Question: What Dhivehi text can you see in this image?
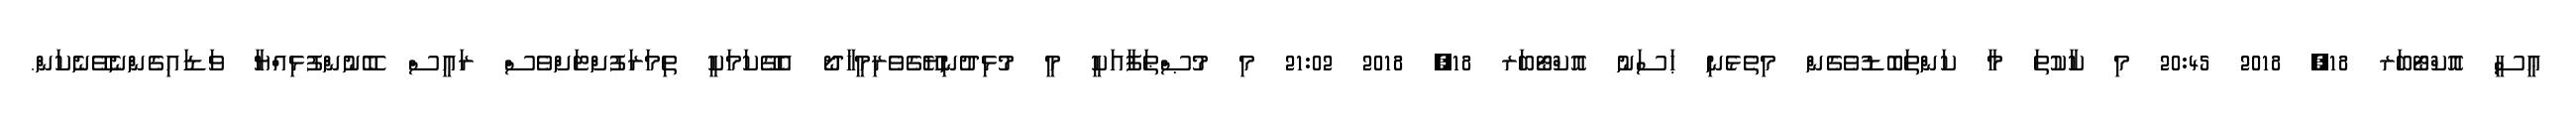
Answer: ޢީސީ އޮކްޓޯބަރ 18, 2018 20:45 މި ކާކުތަ މާ ކަންތަބޮޑުވެގެން މިތެޅެނި ޙަސަނު އޮކްޓޯބަރ 18, 2018 21:02 މި މުޞްޠަފާއަކީ މީ މުޅިދުނިޔޭގެވެރިމީހާދޯ އެގޭކަމަކީ ތިމަރަފުށްޓަށްވެސް ރައީސް ބޭނުންފުޅިއްޔާ ވަޑައިގެންނެވޭނެކަން.